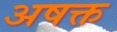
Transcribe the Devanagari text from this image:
अषक्त